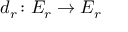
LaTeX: d _ { r } \colon E _ { r } \to E _ { r }